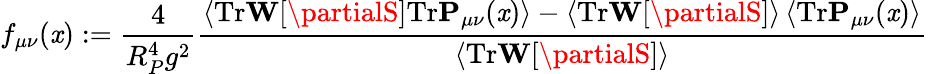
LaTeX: f_{\mu\nu}(\mathit{x}):=\frac{{4}}{{R_{P}^{4}g^{2}}}\frac{{\left<\mathrm{{Tr}}\mathbf{{W}}[\partialS]\mathrm{{Tr}}\mathbf{{P}}_{\mu\nu}(\mathit{x})\right>-\left<\mathrm{{Tr}}\mathbf{{W}}[\partialS]\right>\left<\mathrm{{Tr}}\mathbf{{P}}_{\mu\nu}(\mathit{x})\right>}}{{\left<\mathrm{{Tr}}\mathbf{{W}}[\partialS]\right>}}